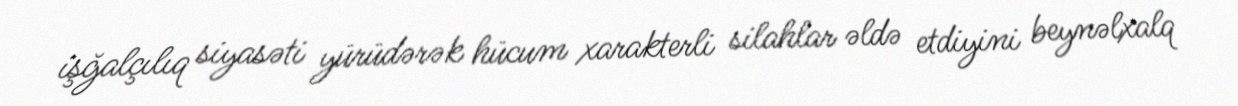
işğalçılıq siyasəti yürüdərək hücum xarakterli silahlar əldə etdiyini beynəlxalq